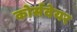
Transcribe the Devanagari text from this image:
कोर्सवेयर